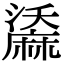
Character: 𪎤